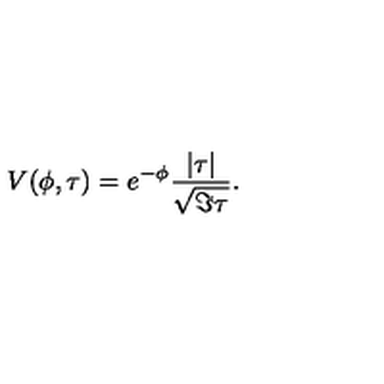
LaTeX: V ( \phi , \tau ) = e ^ { - \phi } { \frac { | \tau | } { \sqrt { \Im \tau } } } .